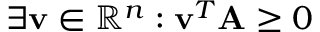
\exists \mathbf { v } \in \mathbb { R } ^ { n } : \mathbf { v } ^ { T } \mathbf { A } \geq 0